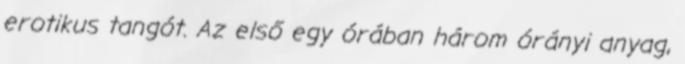
erotikus tangót. Az első egy órában három órányi anyag,